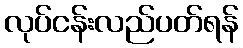
လုပ်ငန်းလည်ပတ်ရန်